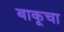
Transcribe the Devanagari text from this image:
बाकूचा